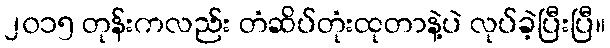
၂၀၁၅ တုန်းကလည်း တံဆိပ်တုံးထုတာနဲ့ပဲ လုပ်ခဲ့ပြီးပြီ။